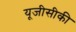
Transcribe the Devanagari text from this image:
यूजीसीकी